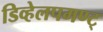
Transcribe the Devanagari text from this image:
डिव्हेलपमण्ट्